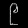
Digit: ၉